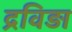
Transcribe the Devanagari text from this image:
द्रविड़ा